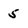
Character: 5